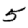
Digit: 5